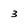
Character: 3